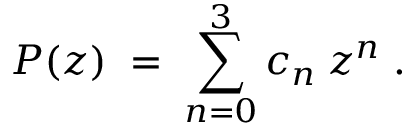
{ \cal { P } } ( z ) \; = \; \sum _ { n = 0 } ^ { 3 } c _ { n } \: z ^ { n } \; .